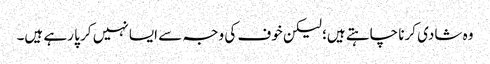
وہ شادی کرنا چاہتے ہیں؛ لیکن خوف کی وجہ سے ایسا نہیں کر پا رہے ہیں۔